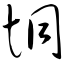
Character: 恫